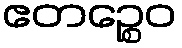
ဧတဉ္စေဝ